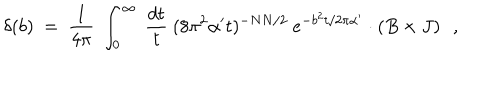
LaTeX: \delta ( b ) ~ = ~ \frac { 1 } { 4 \pi } ~ \int _ { 0 } ^ { \infty } ~ \frac { d t } { t } ~ ( 8 \pi ^ { 2 } \alpha ^ { \prime } t ) ^ { - N N / 2 } ~ e ^ { - b ^ { 2 } t / 2 \pi \alpha ^ { \prime } } \cdot \left( B \times J \right) ~ ~ ,